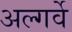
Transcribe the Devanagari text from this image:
अल्गर्वे